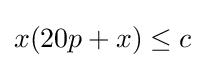
x(20p+x)\leq c